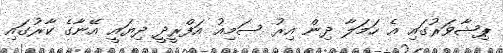
ޕިޝާވަރުގައި އެ ހަމަލާ ދިން އިރު ސަމިއު އަފްރީދީ ދިޔައީ އޭނާގެ ކާރުގައި